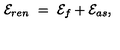
{ \cal E } _ { r e n } \ = \ { \cal E } _ { f } + { \cal E } _ { a s } ,